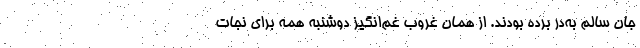
جان سالم به‌در برده بودند. از همان غروب غم‌انگیز دوشنبه همه برای نجات